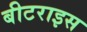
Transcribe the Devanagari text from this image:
बीटराइस